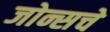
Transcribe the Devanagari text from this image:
जोन्सचे